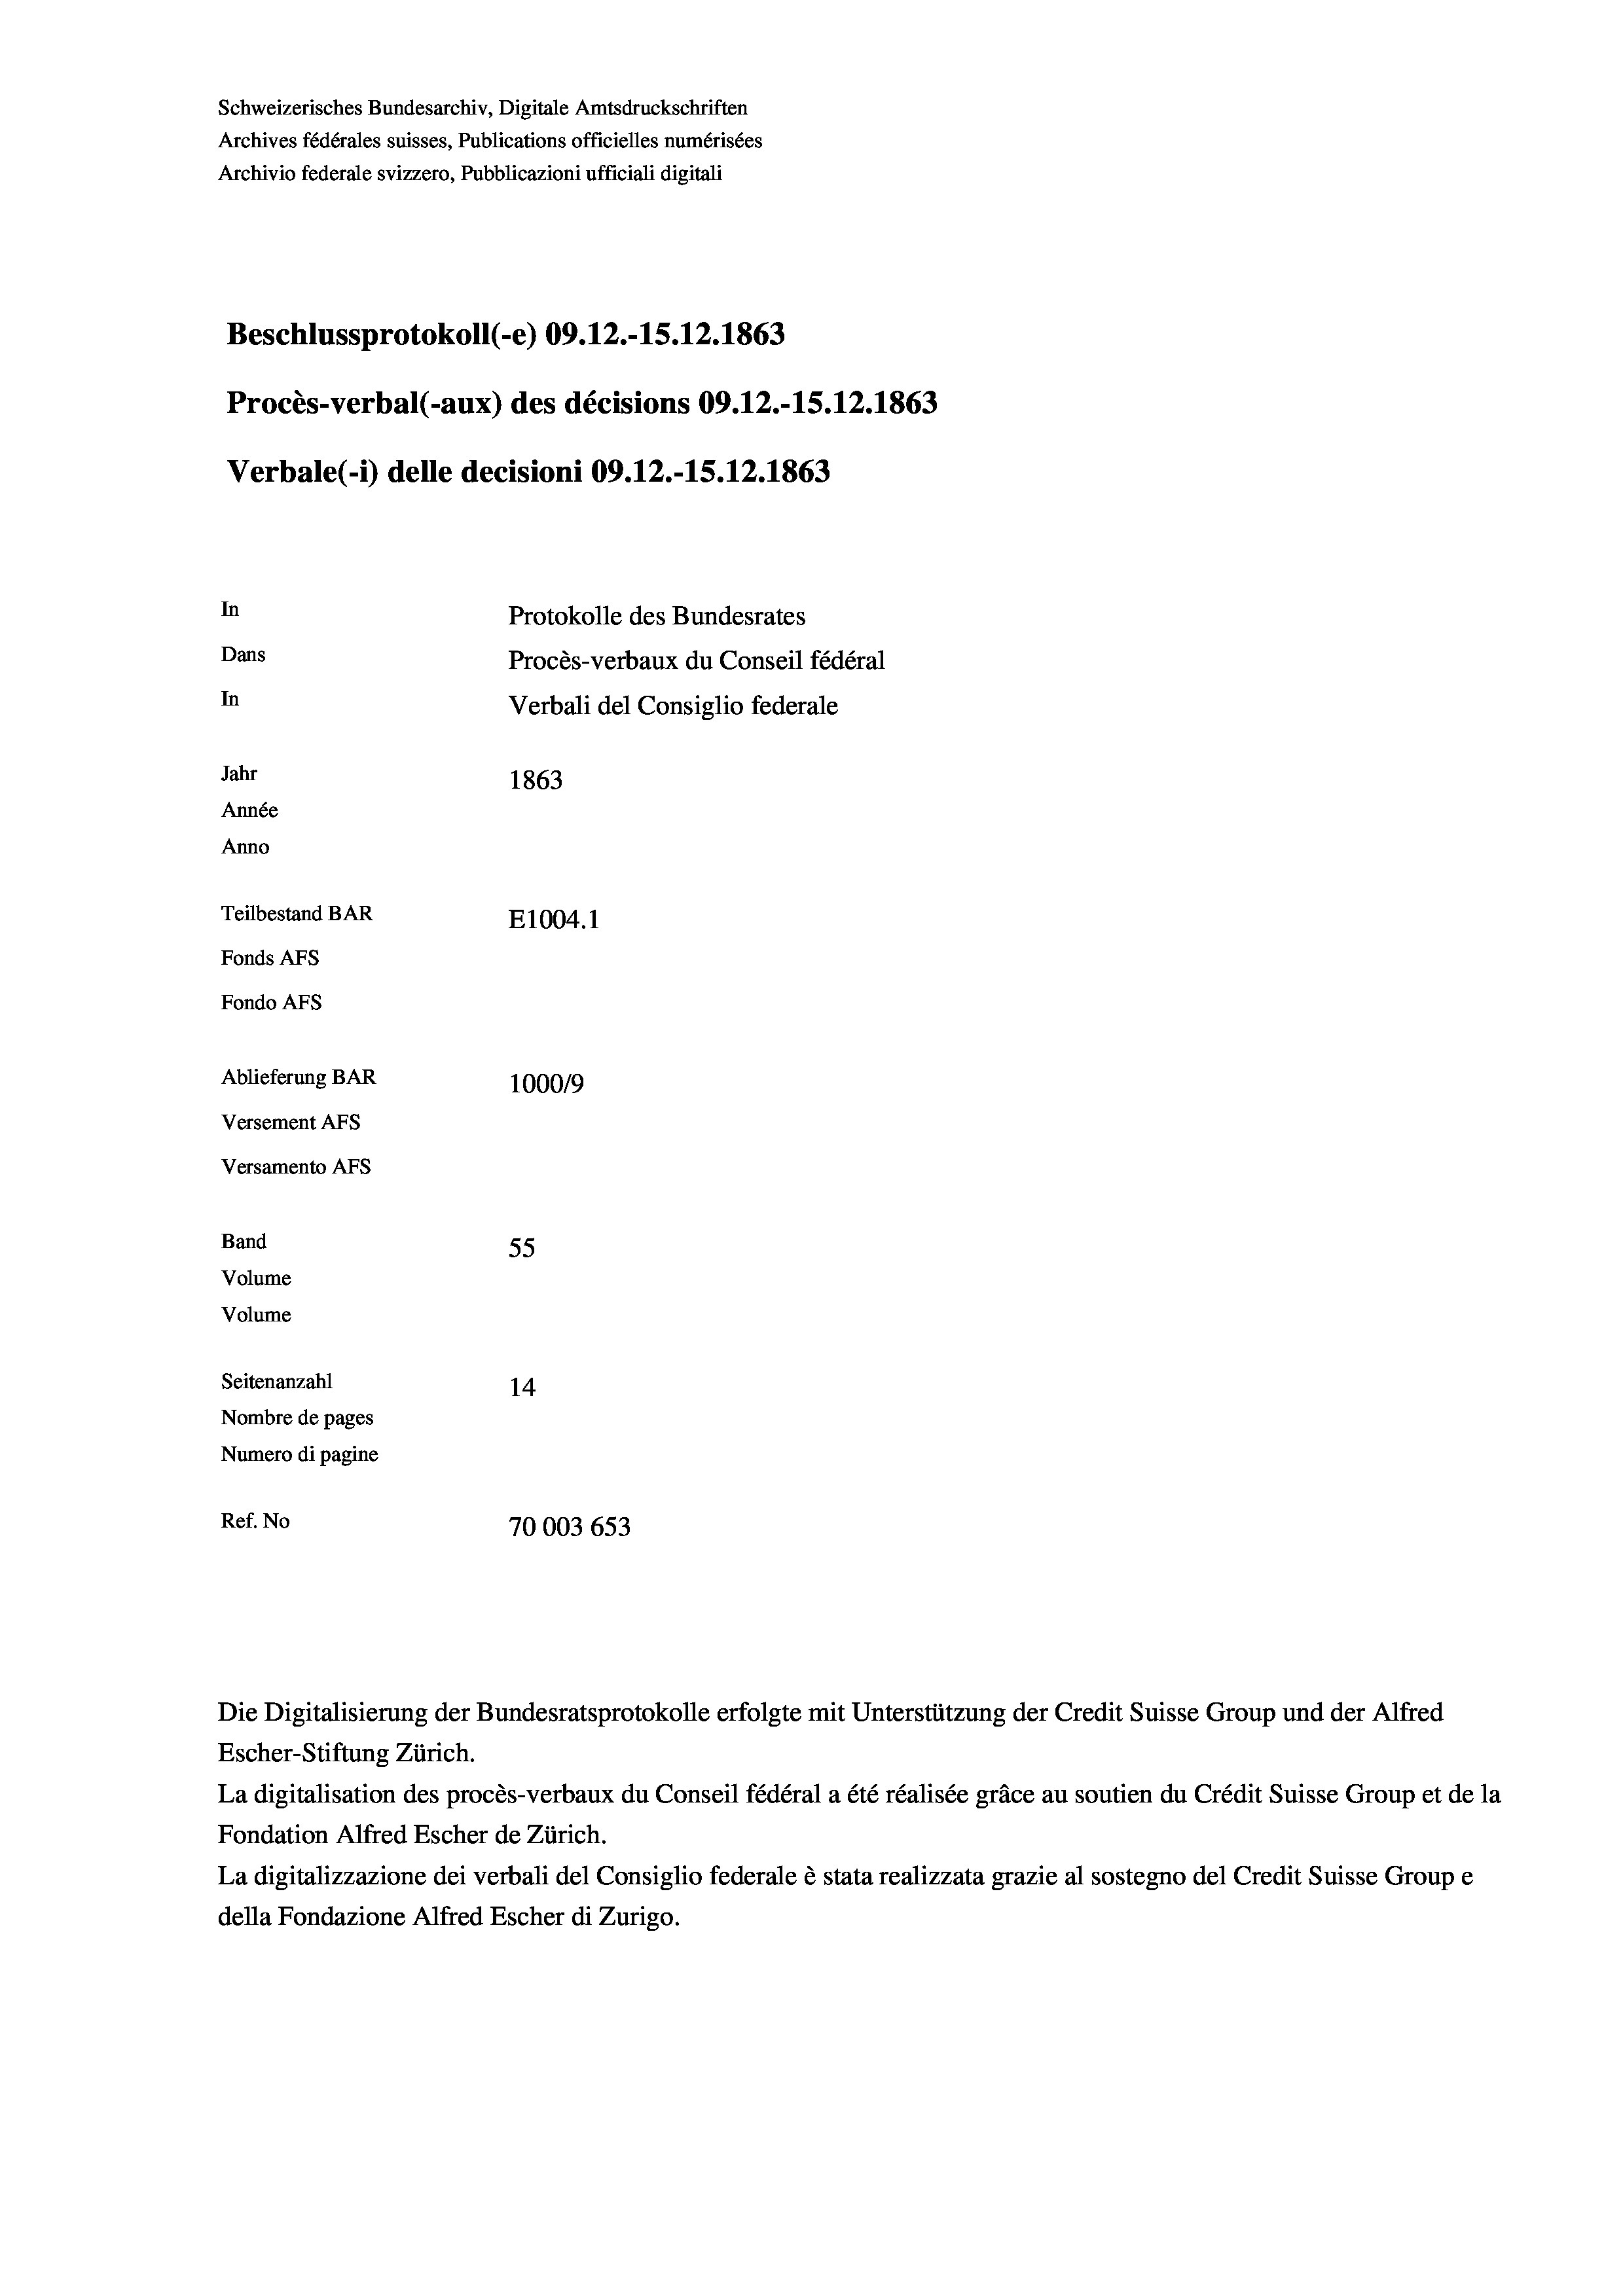
Schweizerisches Bundesarchiv, Digitale Amtsdruckschriften
Archives fédérales suisses, Publications officielles numérisées
Archivio federale svizzero, Pubblicazioni ufficiali digitali
Beschlussprotokoll (-e) 09.12.-15. 12. 1863
Procès-verbal (-aux) des décisions 09.12.-15.12.1863
Verbale (1) delle decisioni 09.12.-15.12.1863
In
Protokolle des Bundesrates
Dans
Procès-verbaux du Conseil fédéral
In
Verbali del Consiglio federale
Jahr
1863
Année
Anno
Teilbestand BAR
E1004.1
Fonds AFs
Fondo AFs
Ablieferung BAR
100019
Versement AFs
Versamento AFs
Band
55
Volume
Volume
Seitenanzahl
14
Nombre de pages
Numero di pagine
Ref. No
70003 653

La digitalisation des procès-verbaux du Conseil fédéral a été réalisée gräce au soutien du Crédit Suisse Group et de la
Fondation Alfred Escher de Zürich.
La digitalizzazione dei verbali del Consiglio federale è stata realizzata grazie al sostegno del Credit Suisse Groupe
della Fondazione Alfred Escher di Zurigo.

Die Digitalisierung der Bundesratsprotokolle erfolgte mit Unterstützung der Credit Suisse Group und der Alfred
Escher-Stiftung Zürich.